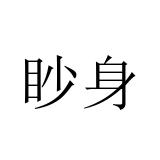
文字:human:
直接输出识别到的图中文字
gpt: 眇身